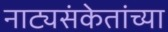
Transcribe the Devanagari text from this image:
नाट्यसंकेतांच्या